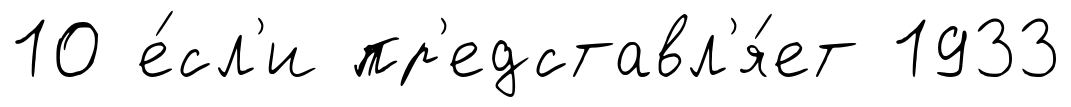
10 е́сл'и пр'едставл'я́ет 1933